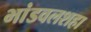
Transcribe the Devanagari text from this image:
भांडवलशहा